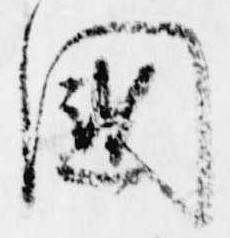
国